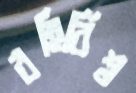
বহির্বিশ্ব